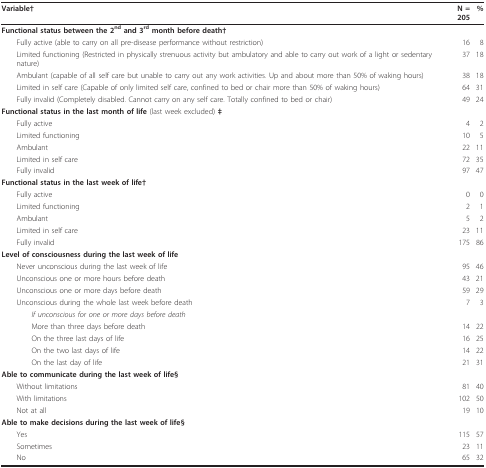
<table><thead><tr><td><b>Variable†</b></td><td><b>N = 205</b></td><td><b>%</b></td></tr></thead><tbody><tr><td colspan="3"><b>Functional status between the 2<sup>nd </sup>and 3<sup>rd </sup>month before death†</b></td></tr><tr><td> Fully active (able to carry on all pre-disease performance without restriction)</td><td>16</td><td>8</td></tr><tr><td> Limited functioning (Restricted in physically strenuous activity but ambulatory and able to carry out work of a light or sedentary nature)</td><td>37</td><td>18</td></tr><tr><td> Ambulant (capable of all self care but unable to carry out any work activities. Up and about more than 50% of waking hours)</td><td>38</td><td>18</td></tr><tr><td> Limited in self care (Capable of only limited self care, confined to bed or chair more than 50% of waking hours)</td><td>64</td><td>31</td></tr><tr><td> Fully invalid (Completely disabled. Cannot carry on any self care. Totally confined to bed or chair)</td><td>49</td><td>24</td></tr><tr><td colspan="3"><b>Functional status in the last month of life </b>(last week excluded) <b>‡</b></td></tr><tr><td> Fully active</td><td>4</td><td>2</td></tr><tr><td> Limited functioning</td><td>10</td><td>5</td></tr><tr><td> Ambulant</td><td>22</td><td>11</td></tr><tr><td> Limited in self care</td><td>72</td><td>35</td></tr><tr><td> Fully invalid</td><td>97</td><td>47</td></tr><tr><td colspan="3"><b>Functional status in the last week of life†</b></td></tr><tr><td> Fully active</td><td>0</td><td>0</td></tr><tr><td> Limited functioning</td><td>2</td><td>1</td></tr><tr><td> Ambulant</td><td>5</td><td>2</td></tr><tr><td> Limited in self care</td><td>23</td><td>11</td></tr><tr><td> Fully invalid</td><td>175</td><td>86</td></tr><tr><td colspan="3"><b>Level of consciousness during the last week of life</b></td></tr><tr><td> Never unconscious during the last week of life</td><td>95</td><td>46</td></tr><tr><td> Unconscious one or more hours before death</td><td>43</td><td>21</td></tr><tr><td> Unconscious one or more days before death</td><td>59</td><td>29</td></tr><tr><td> Unconscious during the whole last week before death</td><td>7</td><td>3</td></tr><tr><td><i>If unconscious for one or more days before death</i></td><td></td><td></td></tr><tr><td>More than three days before death</td><td>14</td><td>22</td></tr><tr><td>On the three last days of life</td><td>16</td><td>25</td></tr><tr><td>On the two last days of life</td><td>14</td><td>22</td></tr><tr><td>On the last day of life</td><td>21</td><td>31</td></tr><tr><td colspan="3"><b>Able to communicate during the last week of life§</b></td></tr><tr><td> Without limitations</td><td>81</td><td>40</td></tr><tr><td> With limitations</td><td>102</td><td>50</td></tr><tr><td> Not at all</td><td>19</td><td>10</td></tr><tr><td colspan="3"><b>Able to make decisions during the last week of life§</b></td></tr><tr><td> Yes</td><td>115</td><td>57</td></tr><tr><td> Sometimes</td><td>23</td><td>11</td></tr><tr><td> No</td><td>65</td><td>32</td></tr></tbody></table>